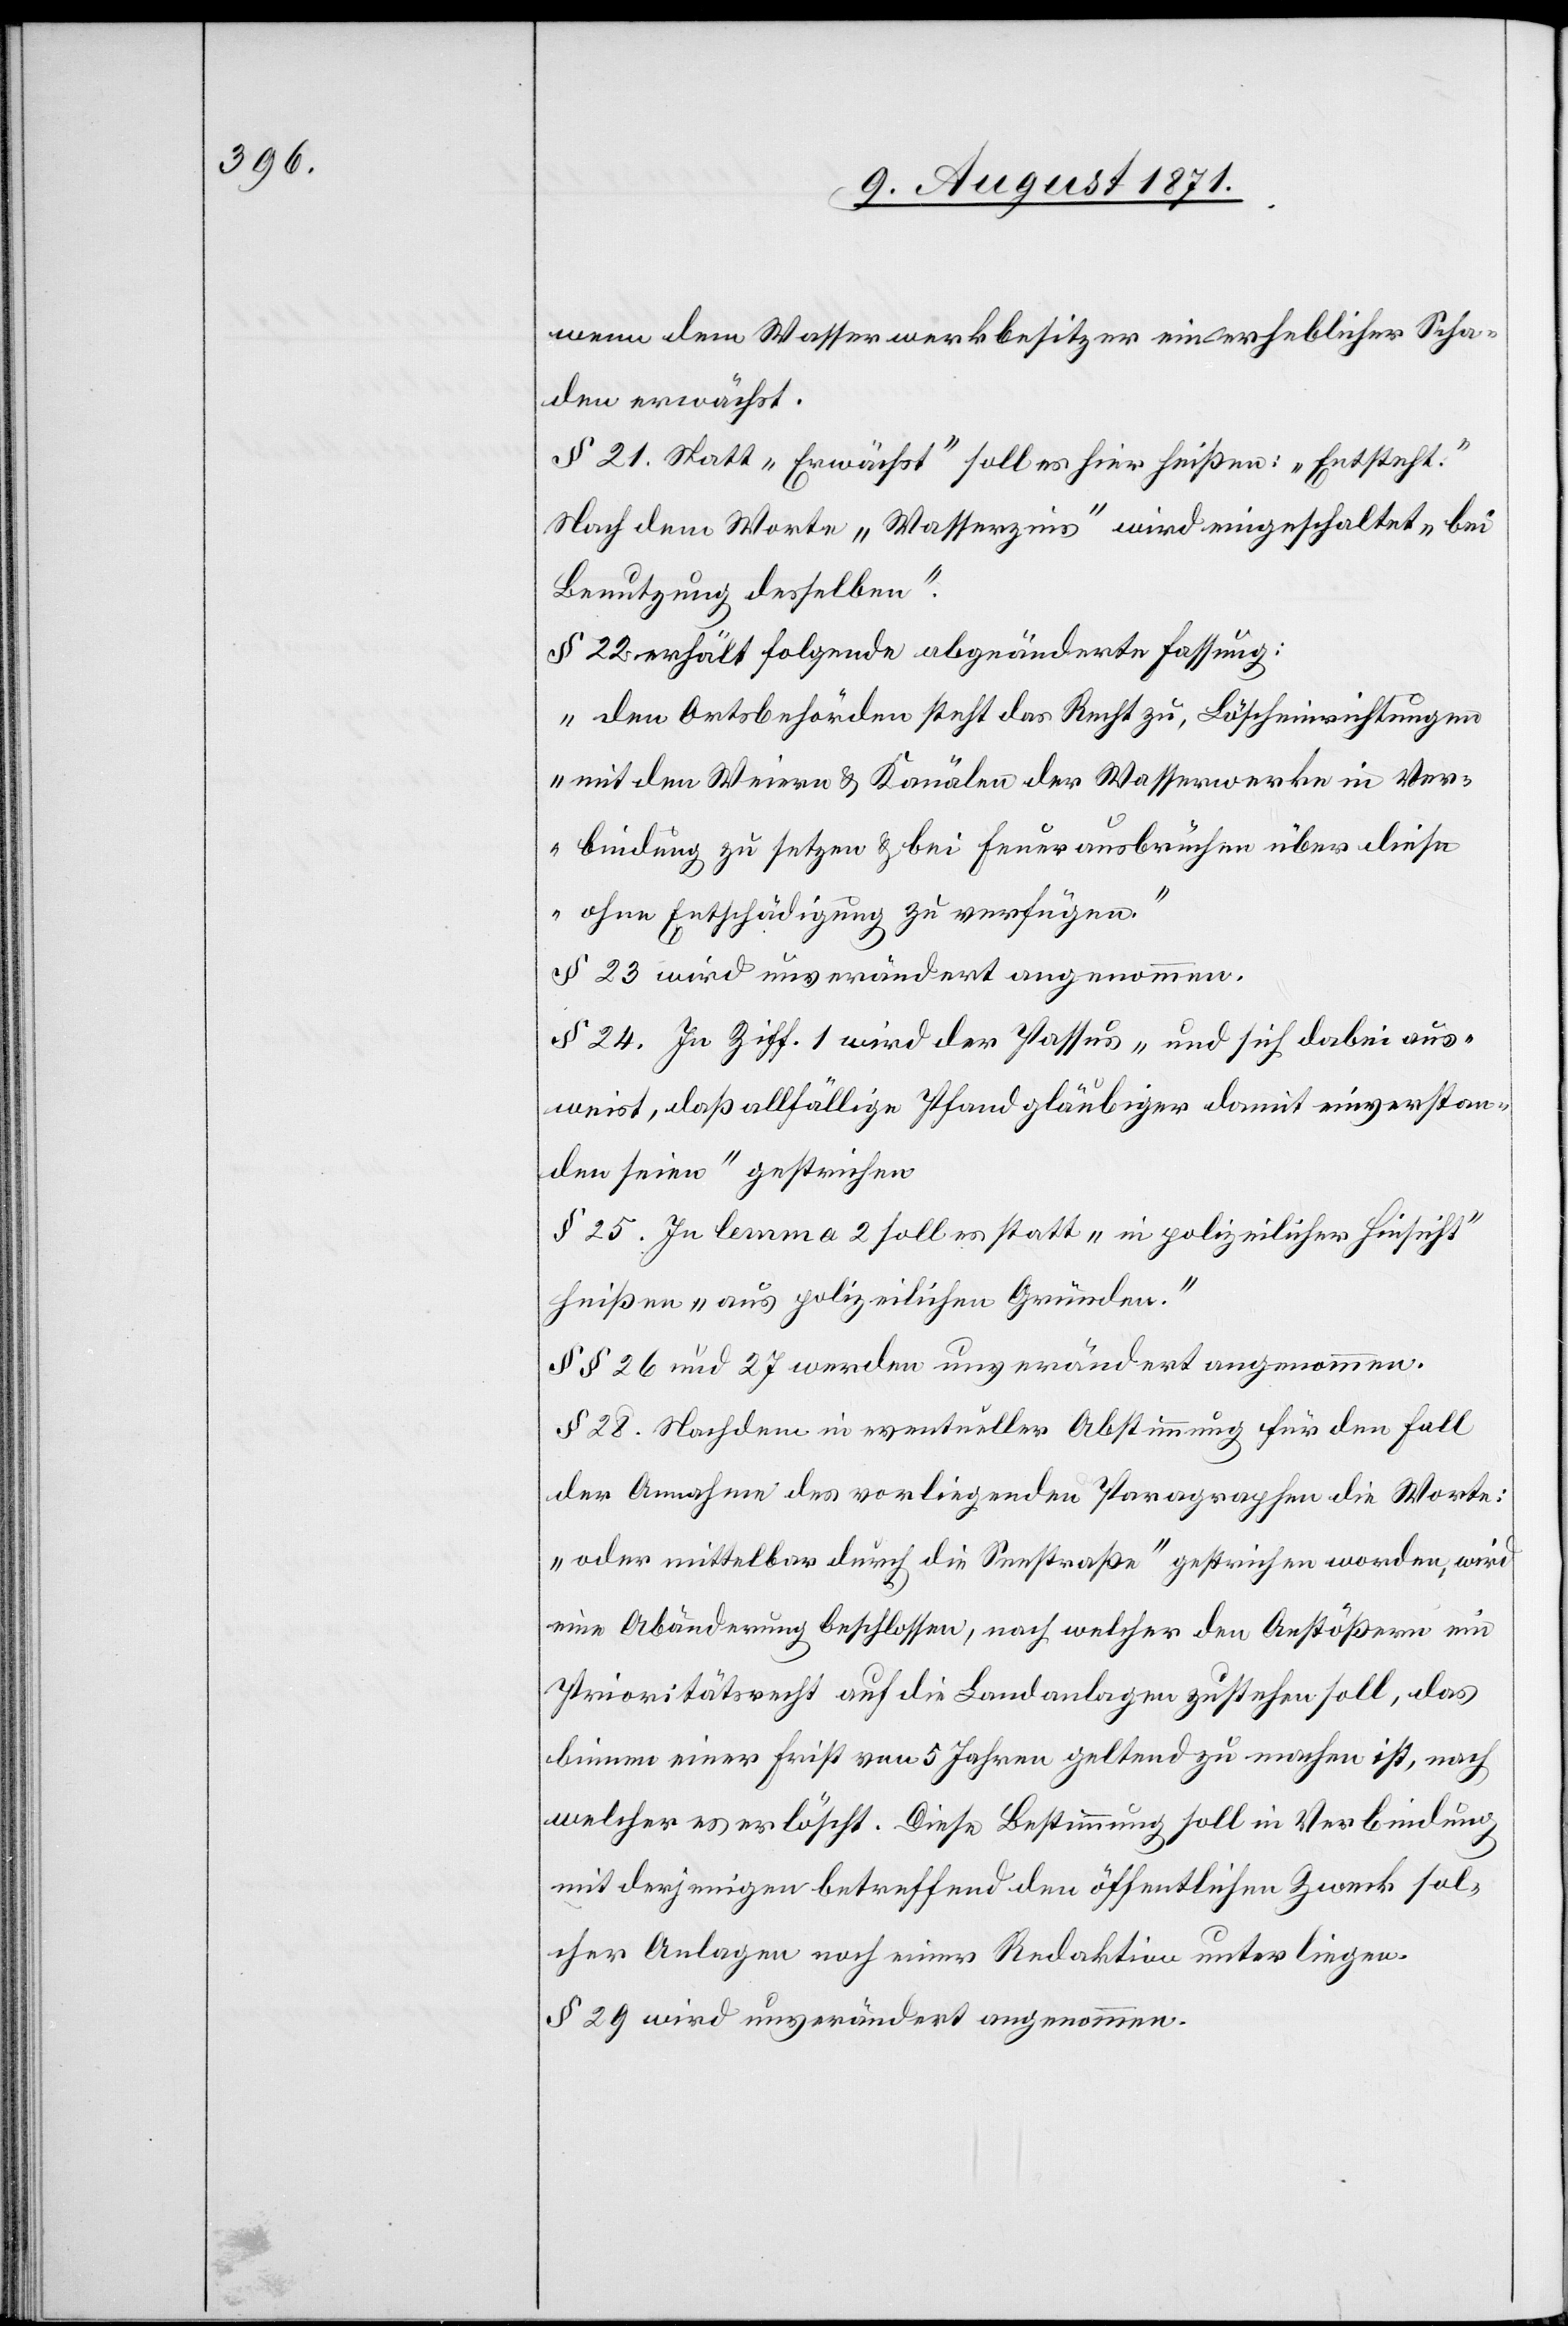
wenn dem Wasserwerkbesitzer ein erheblicher Scha¬
den erwächst.
§ 21. Statt „Erwächst“ soll es hier heißen: „Entsteht.“
Nach dem Worte „ Wasserzins“ wird eingeschaltet „bei
Benutzung desselben“.
§ 22 erhält folgende abgeänderte Fassung:
„Den Ortsbehörden steht das Recht zu, Löscheinrichtungen
mit den Weiern & Kanälen der Wasserwerke in Ver¬
bindung zu setzen & bei Feuerausbrüchen über diese
ohne Entschädigung zu verfügen.“
§ 23 wird unverändert angenommen.
§ 24. In Ziff. 1 wird der Passus „und sich dabei aus¬
weist, daß allfällige Pfandgläubiger damit einverstan¬
den seien“ gestrichen
§ 25. In lemma 2 soll es statt „in polizeilicher Hinsicht“
heißen „aus polizeilichen Gründen.“
§§ 26 und 27 werden unverändert angenommen.
§ 28. Nachdem in eventueller Abstimmung für den Fall
der Annahme des vorliegenden Paragraphen die Worte
„oder mittelbar durch die Seestraße“ gestrichen worden, wird
eine Abänderung beschlossen, nach welcher den Anstößern ein
Prioritätsrecht auf die Landanlagen zustehen soll, das
binnen einer Frist von 5 Jahren geltend zu machen ist, nach
welcher es erlöscht. Diese Bestimmung soll in Verbindung
mit derjenigen betreffend den öffentlichen Zweck sol¬
cher Anlagen noch einer Redaktion unterliegen.
§ 29 wird unverändert angenommen.